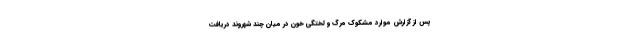
پس از گزارش موارد مشکوک مرگ و لختگی خون در میان چند شهروند دریافت